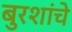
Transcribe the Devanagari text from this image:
बुरशांचे